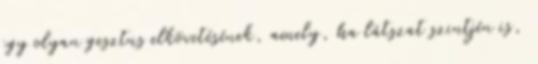
egy olyan gesztus elkövetésének, amely, ha látszat szintjén is,